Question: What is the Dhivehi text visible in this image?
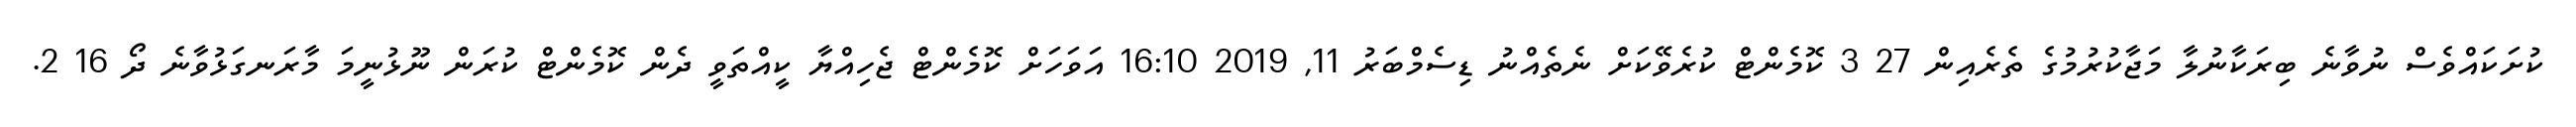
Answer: ކުށަކައްވެސް ނުވާނެ ބިރަކާނުލާ މަޖާކުރުމުގެ ތެރެއިން 27 3 ކޮމެންޓް ކުރެވޭކަށް ނެތެއްނު ޑިސެމްބަރު 11, 2019 16:10 އަވަހަށް ކޮމެންޓް ޖެހިއްޔާ ކީއްތަވީ ދެން ކޮމެންޓް ކުރަން ނޫޅުނީމަ މާރަނގަޅުވާނެ ދޯ 16 2.